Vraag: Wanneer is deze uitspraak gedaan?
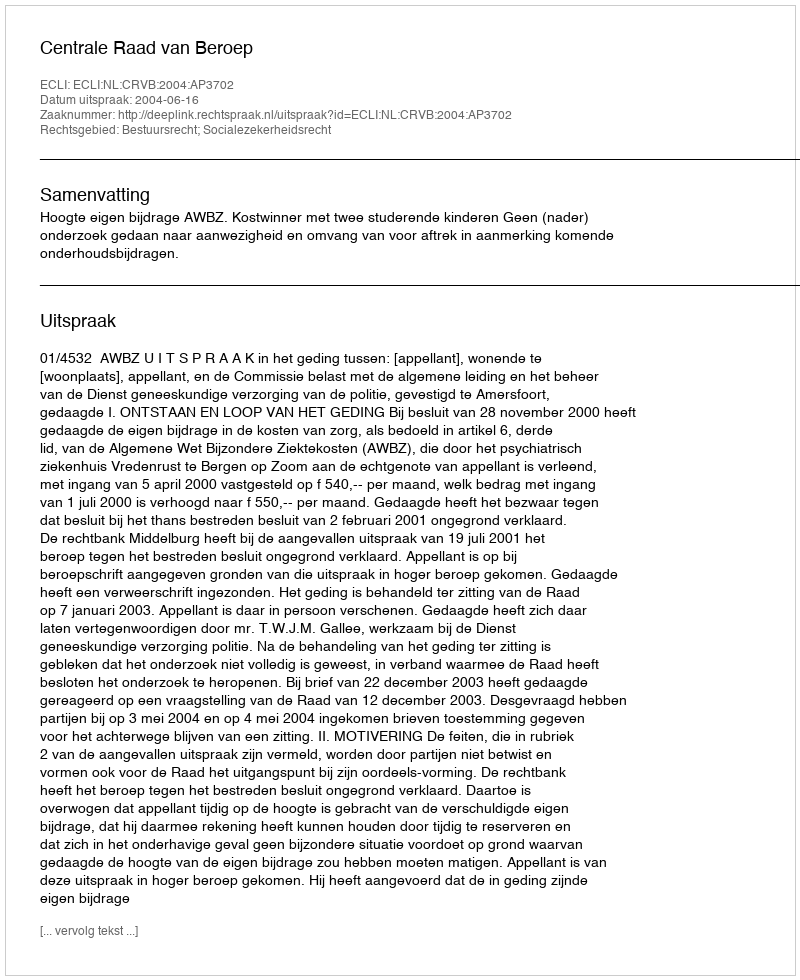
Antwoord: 2004-06-16